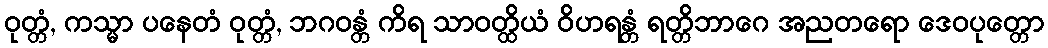
ဝုတ္တံ, ကသ္မာ ပနေတံ ဝုတ္တံ, ဘဂဝန္တံ ကိရ သာဝတ္ထိယံ ဝိဟရန္တံ ရတ္တိဘာဂေ အညတရော ဒေဝပုတ္တော